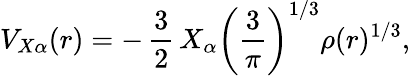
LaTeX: V_{X\alpha}(r)=-\, \frac{3}{2}\, X_{\alpha}\left(\frac{3}{\pi}\right)^{{1}/{3}}\rho(r)^{{1}/{3}},